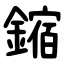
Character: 鏥